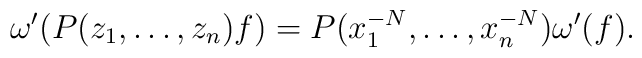
\omega'( P(z_1,\dots,z_n) f ) = P(x_1^{-N},\dots,x_n^{-N})\omega'( f ).